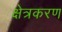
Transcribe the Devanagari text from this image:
क्षेत्रकरण